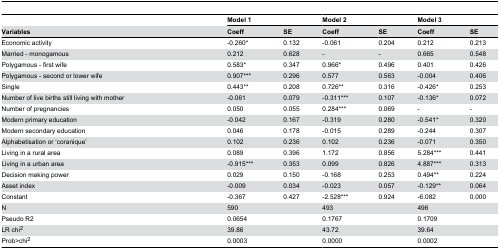
<table><thead><tr><td></td><td colspan="2"><b>Model 1</b></td><td colspan="2"><b>Model 2</b></td><td colspan="2"><b>Model 3</b></td></tr><tr><td><b>Variables</b></td><td><b>Coeff</b></td><td><b>SE</b></td><td><b>Coeff</b></td><td><b>SE</b></td><td><b>Coeff</b></td><td><b>SE</b></td></tr></thead><tbody><tr><td>Economic activity</td><td>-0.260*</td><td>0.132</td><td>-0.061</td><td>0.204</td><td> 0.212</td><td>0.213</td></tr><tr><td>Married - monogamous</td><td> 0.212</td><td>0.628</td><td>-</td><td>-</td><td> 0.665</td><td>0.548</td></tr><tr><td>Polygamous - first wife</td><td> 0.583*</td><td>0.347</td><td> 0.966*</td><td>0.496</td><td> 0.401</td><td>0.426</td></tr><tr><td>Polygamous - second or lower wife</td><td> 0.907***</td><td>0.296</td><td> 0.577</td><td>0.563</td><td>-0.004</td><td>0.406</td></tr><tr><td>Single</td><td> 0.443**</td><td>0.208</td><td> 0.726**</td><td>0.316</td><td>-0.426*</td><td>0.253</td></tr><tr><td>Number of live births still living with mother</td><td>-0.061</td><td>0.079</td><td>-0.311***</td><td>0.107</td><td>-0.136*</td><td>0.072</td></tr><tr><td>Number of pregnancies</td><td> 0.050</td><td>0.055</td><td> 0.284***</td><td>0.069</td><td>-</td><td>-</td></tr><tr><td>Modern primary education</td><td>-0.042</td><td>0.167</td><td>-0.319</td><td>0.280</td><td>-0.541*</td><td>0.320</td></tr><tr><td>Modern secondary education</td><td> 0.046</td><td>0.178</td><td>-0.015</td><td>0.289</td><td>-0.244</td><td>0.307</td></tr><tr><td>Alphabetisation or ‘coranique’</td><td> 0.102</td><td>0.236</td><td> 0.102</td><td>0.236</td><td>-0.071</td><td>0.350</td></tr><tr><td>Living in a rural area</td><td> 0.089</td><td>0.396</td><td> 1.172</td><td>0.856</td><td> 5.284***</td><td>0.441</td></tr><tr><td>Living in a urban area</td><td>-0.915***</td><td>0.353</td><td> 0.099</td><td>0.826</td><td> 4.887***</td><td>0.313</td></tr><tr><td>Decision making power</td><td> 0.029</td><td>0.150</td><td>-0.168</td><td>0.253</td><td> 0.494**</td><td>0.224</td></tr><tr><td>Asset index</td><td>-0.009</td><td>0.034</td><td>-0.023</td><td>0.057</td><td>-0.129**</td><td>0.064</td></tr><tr><td>Constant</td><td>-0.367</td><td>0.427</td><td>-2.528***</td><td>0.924</td><td>-6.082</td><td>0.000</td></tr><tr><td>N</td><td colspan="2">590</td><td colspan="2">493</td><td colspan="2">496</td></tr><tr><td>Pseudo R2</td><td colspan="2">0.0654</td><td colspan="2">0.1767</td><td colspan="2">0.1709</td></tr><tr><td>LR chi<sup>2</sup></td><td colspan="2">39.86</td><td colspan="2">43.72</td><td colspan="2">39.64</td></tr><tr><td>Prob&gt;chi<sup>2</sup></td><td colspan="2">0.0003</td><td colspan="2">0.0000</td><td colspan="2">0.0002</td></tr></tbody></table>